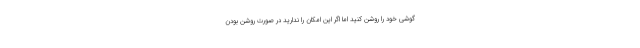
گوشی خود را روشن کنید اما اگر این امکان را ندارید در صورت روشن بودن